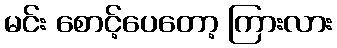
မင်း စောင့်ပေတော့ ကြားလား